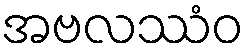
အဗလဿံဝ